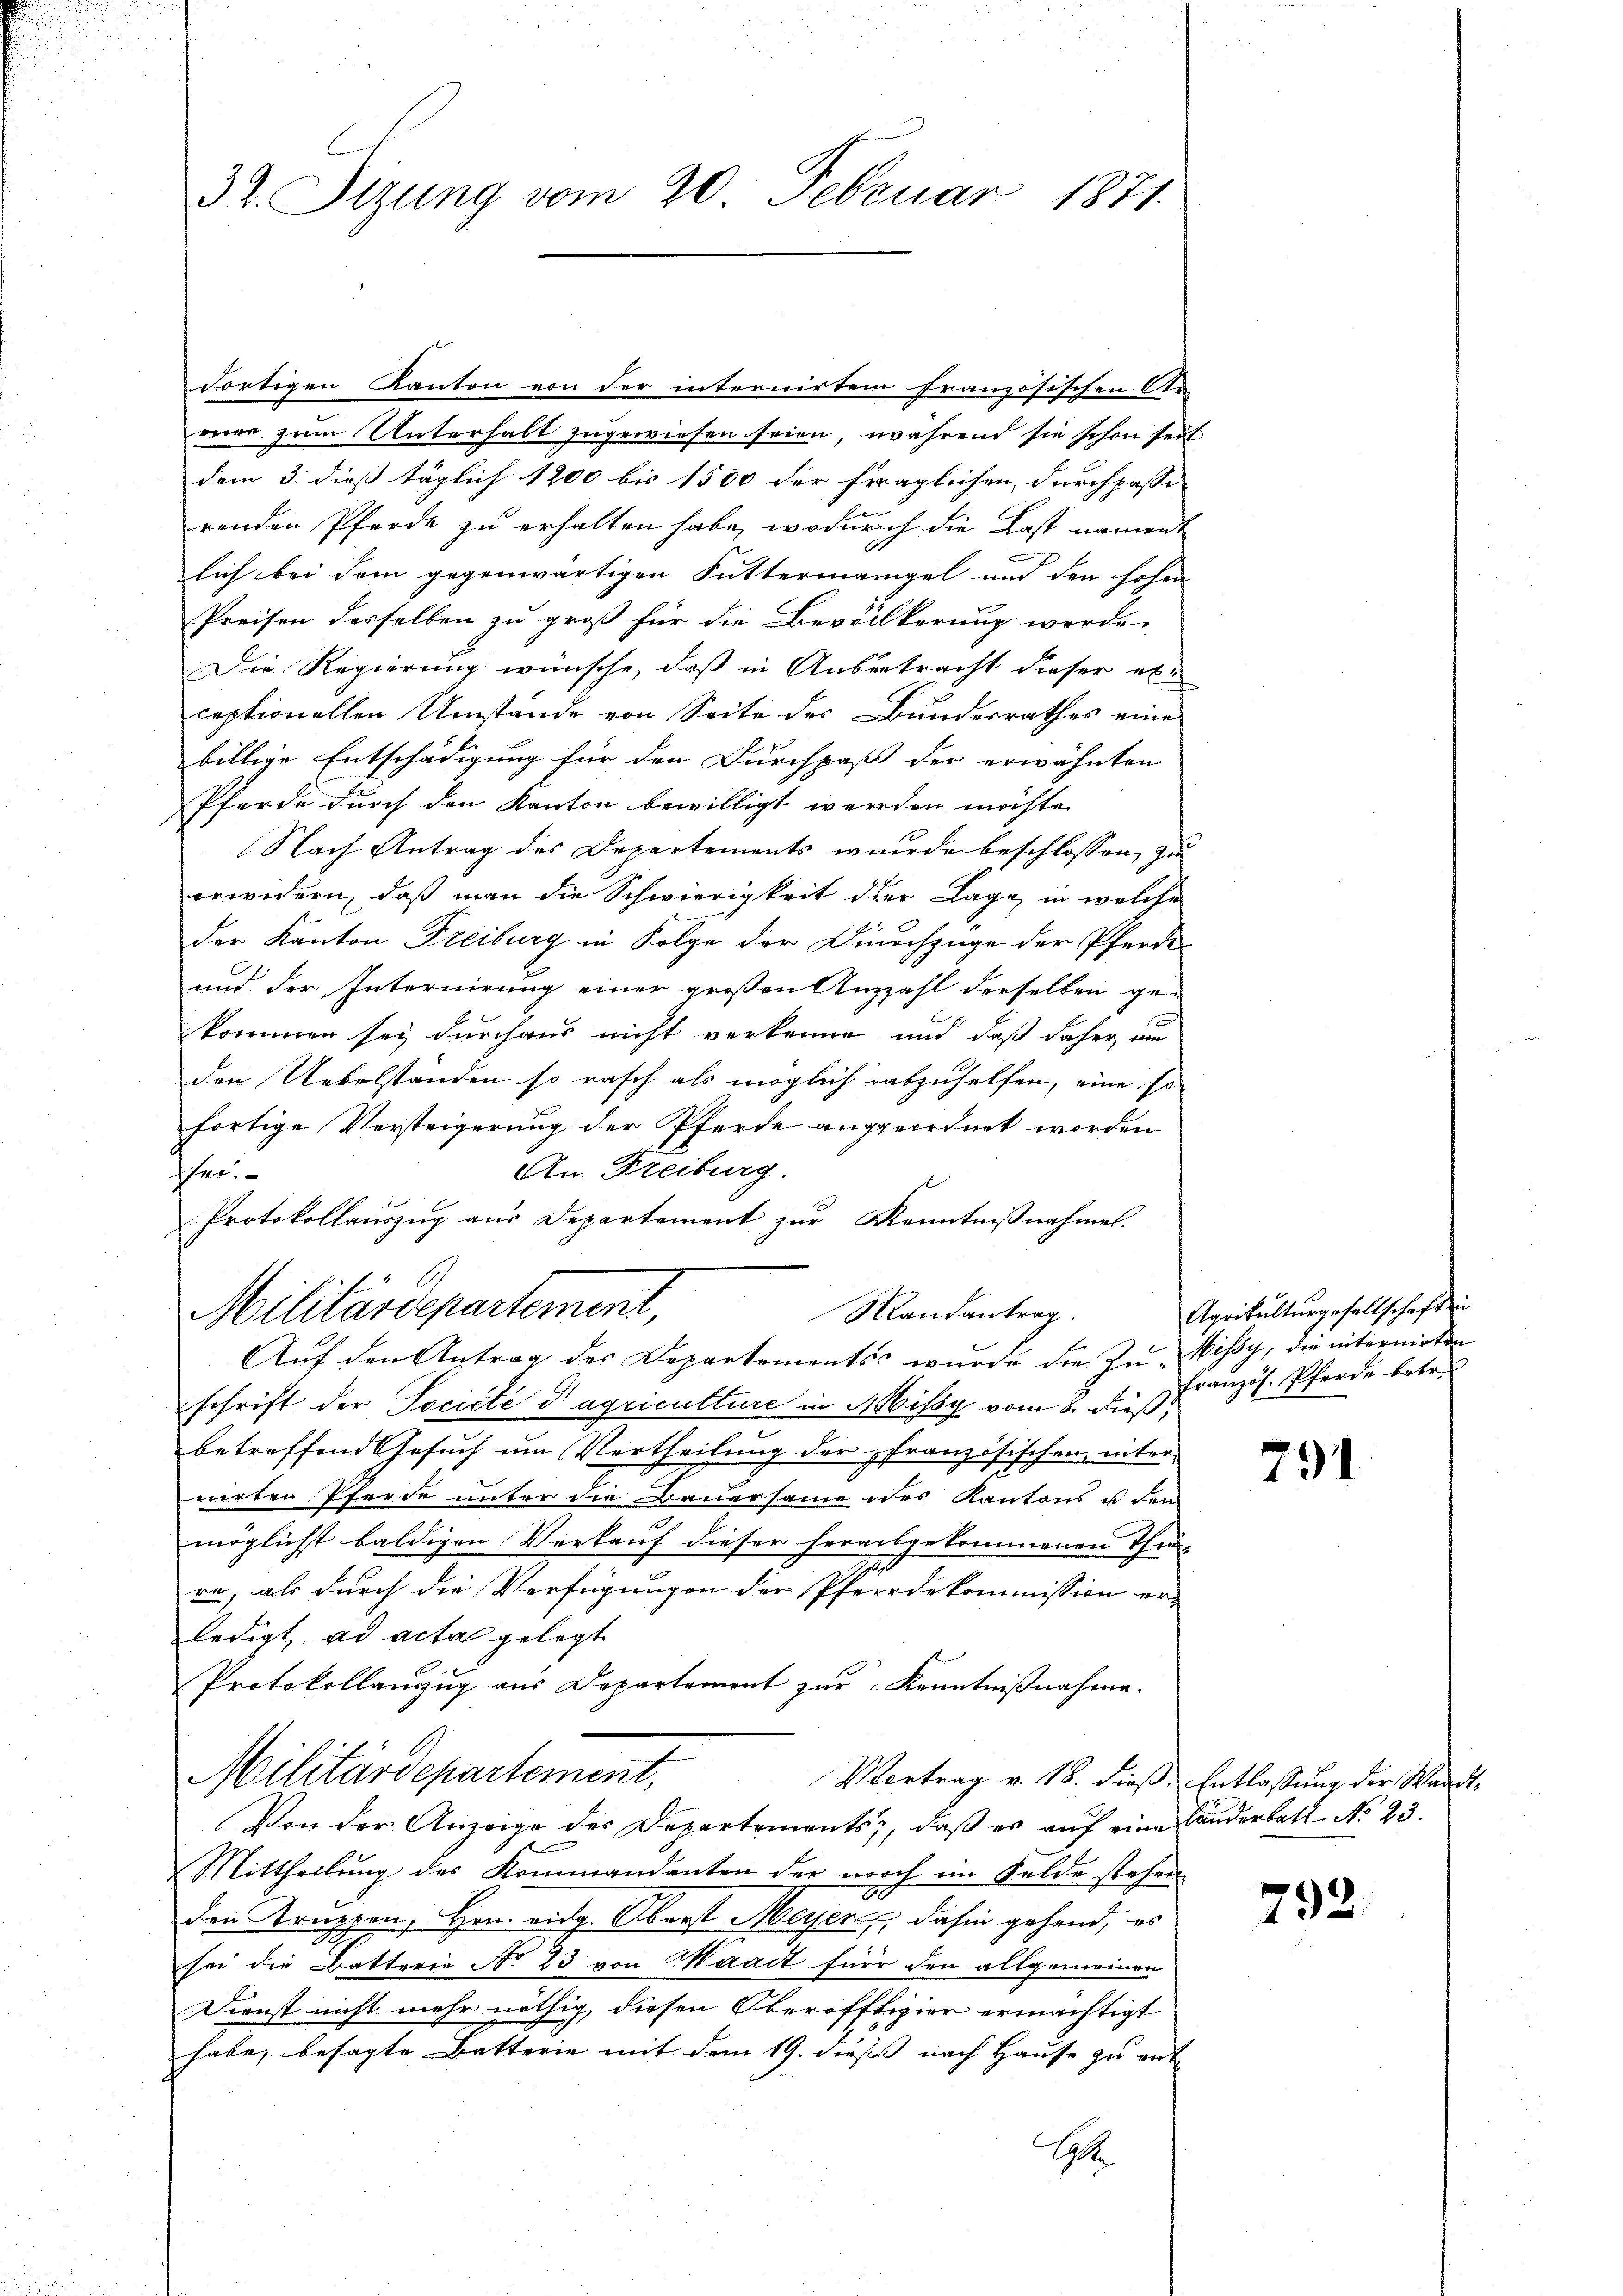
.

32. Sizung vom 20. Februar 1871.

dortigen Kanton von der internirtem französischen Ar
wer zum Unterhalt zugewiesen seien, während sie schon seit
dem 3. dieß täglich 1200 bis 1500 der fraglichen, durchpasse
renden Pferde zu erhalten habe, wodurch die Last nament
lich bei dem gegenwärtigen Futtermangel und den hohen
Preisen desselben zu groß für die Bevölkerung werde
Die Regierung wünsche, daß in Anbetracht dieser et
ceptionellen Umstände von Seite des Bundesrathes eine
billige Entschädigung für den Durchpaß der erwähnten
Pferde durch den Kanton bewilligt werden möchte.
Nach Antrag des Departements wurde beschlossen, zu
erwidern, daß man die Schwierigkeit der Lage, in welche
der Kanton Freiburg in Folge der Dinachzüge der Pferde¬
und der Internirung einer großen Anzahl derselben ge-
kommen sey durchaus nicht verkenne und daß daher au
den Uebelstanden so rasch als möglich abzuhelfen, eine so
fortige Versteigerung der Pferde angeordnet worden
An Freiburg.
chen.
Protokollauszug aus Departement zur Kenntnißnahme.
Militärdepartement,
Randantrag.
Auf den Antrag des Departements wurde die Zu Missy, die internirten
schrift der Societe dagriculture in Missy vom 8. dieß,
betreffend Gesuch um Vertheilung der pfranzösischen, inter-
nirten Pferde unter die Bauersame des Kantons u den
möglichst baldigen Verkauf dieser herausgekommenen Theil-
re, als durch die Verfügungen der Pferdekommission er-
ledigt, ad acta gelegt
Protokollauszug aus Departement zur Kenntnißnahme.
Militärdepartement,
Vortrag v. 18. dieß: Entlassung der Waadt¬
Von der Anzeige des Departements, daß es auf eine Landerbatt No 23.
Mittheilung des Kommandanten der noch im Felde stehen
den Krippen, Hrn. Aug. Oberst Meyer, dahin gehend, es
sei die Batterie No 23 von Waadt für den allgemeinen
Dienst nicht mehr nöthig diesen Oberöfftigier ermächtigt
habe, besagte Batterie mit dem 19. dieß nach Hause zu ent
G

Agrikulturgesellschaft in
französ. Pferde betr.

791

792